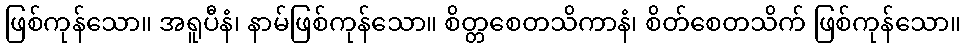
ဖြစ်ကုန်သော။ အရူပီနံ၊ နာမ်ဖြစ်ကုန်သော။ စိတ္တစေတသိကာနံ၊ စိတ်စေတသိက် ဖြစ်ကုန်သော။